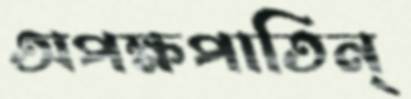
অপক্ষপাতিন্